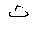
Letter: _tha